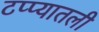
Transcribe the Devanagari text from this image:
टप्प्यातली